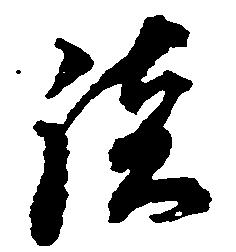
談